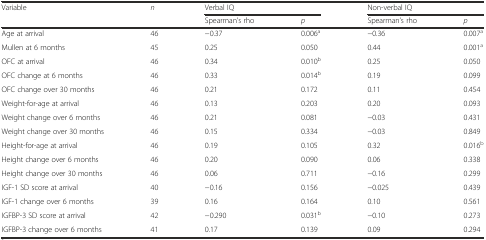
<table><thead><tr><td rowspan="2"><b>Variable</b></td><td rowspan="2"><b><i>n</i></b></td><td colspan="2"><b>Verbal IQ</b></td><td colspan="2"><b>Non-verbal IQ</b></td></tr><tr><td><b>Spearman’s rho</b></td><td><b><i>p</i></b></td><td><b>Spearman’s rho</b></td><td><b><i>p</i></b></td></tr></thead><tbody><tr><td>Age at arrival</td><td>46</td><td>−0.37</td><td>0.006<sup>a</sup></td><td>−0.36</td><td>0.007<sup>a</sup></td></tr><tr><td>Mullen at 6 months</td><td>45</td><td>0.25</td><td>0.050</td><td>0.44</td><td>0.001<sup>a</sup></td></tr><tr><td>OFC at arrival</td><td>46</td><td>0.34</td><td>0.010<sup>b</sup></td><td>0.25</td><td>0.050</td></tr><tr><td>OFC change at 6 months</td><td>46</td><td>0.33</td><td>0.014<sup>b</sup></td><td>0.19</td><td>0.099</td></tr><tr><td>OFC change over 30 months</td><td>46</td><td>0.21</td><td>0.172</td><td>0.11</td><td>0.454</td></tr><tr><td>Weight-for-age at arrival</td><td>46</td><td>0.13</td><td>0.203</td><td>0.20</td><td>0.093</td></tr><tr><td>Weight change over 6 months</td><td>46</td><td>0.21</td><td>0.081</td><td>−0.03</td><td>0.431</td></tr><tr><td>Weight change over 30 months</td><td>46</td><td>0.15</td><td>0.334</td><td>−0.03</td><td>0.849</td></tr><tr><td>Height-for-age at arrival</td><td>46</td><td>0.19</td><td>0.105</td><td>0.32</td><td>0.016<sup>b</sup></td></tr><tr><td>Height change over 6 months</td><td>46</td><td>0.20</td><td>0.090</td><td>0.06</td><td>0.338</td></tr><tr><td>Height change over 30 months</td><td>46</td><td>0.06</td><td>0.711</td><td>−0.16</td><td>0.299</td></tr><tr><td>IGF-1 SD score at arrival</td><td>40</td><td>−0.16</td><td>0.156</td><td>−0.025</td><td>0.439</td></tr><tr><td>IGF-1 change over 6 months</td><td>39</td><td>0.16</td><td>0.164</td><td>0.10</td><td>0.561</td></tr><tr><td>IGFBP-3 SD score at arrival</td><td>42</td><td>−0.290</td><td>0.031<sup>b</sup></td><td>−0.10</td><td>0.273</td></tr><tr><td>IGFBP-3 change over 6 months</td><td>41</td><td>0.17</td><td>0.139</td><td>0.09</td><td>0.294</td></tr></tbody></table>